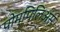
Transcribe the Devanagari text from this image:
पोम्पिलिअस